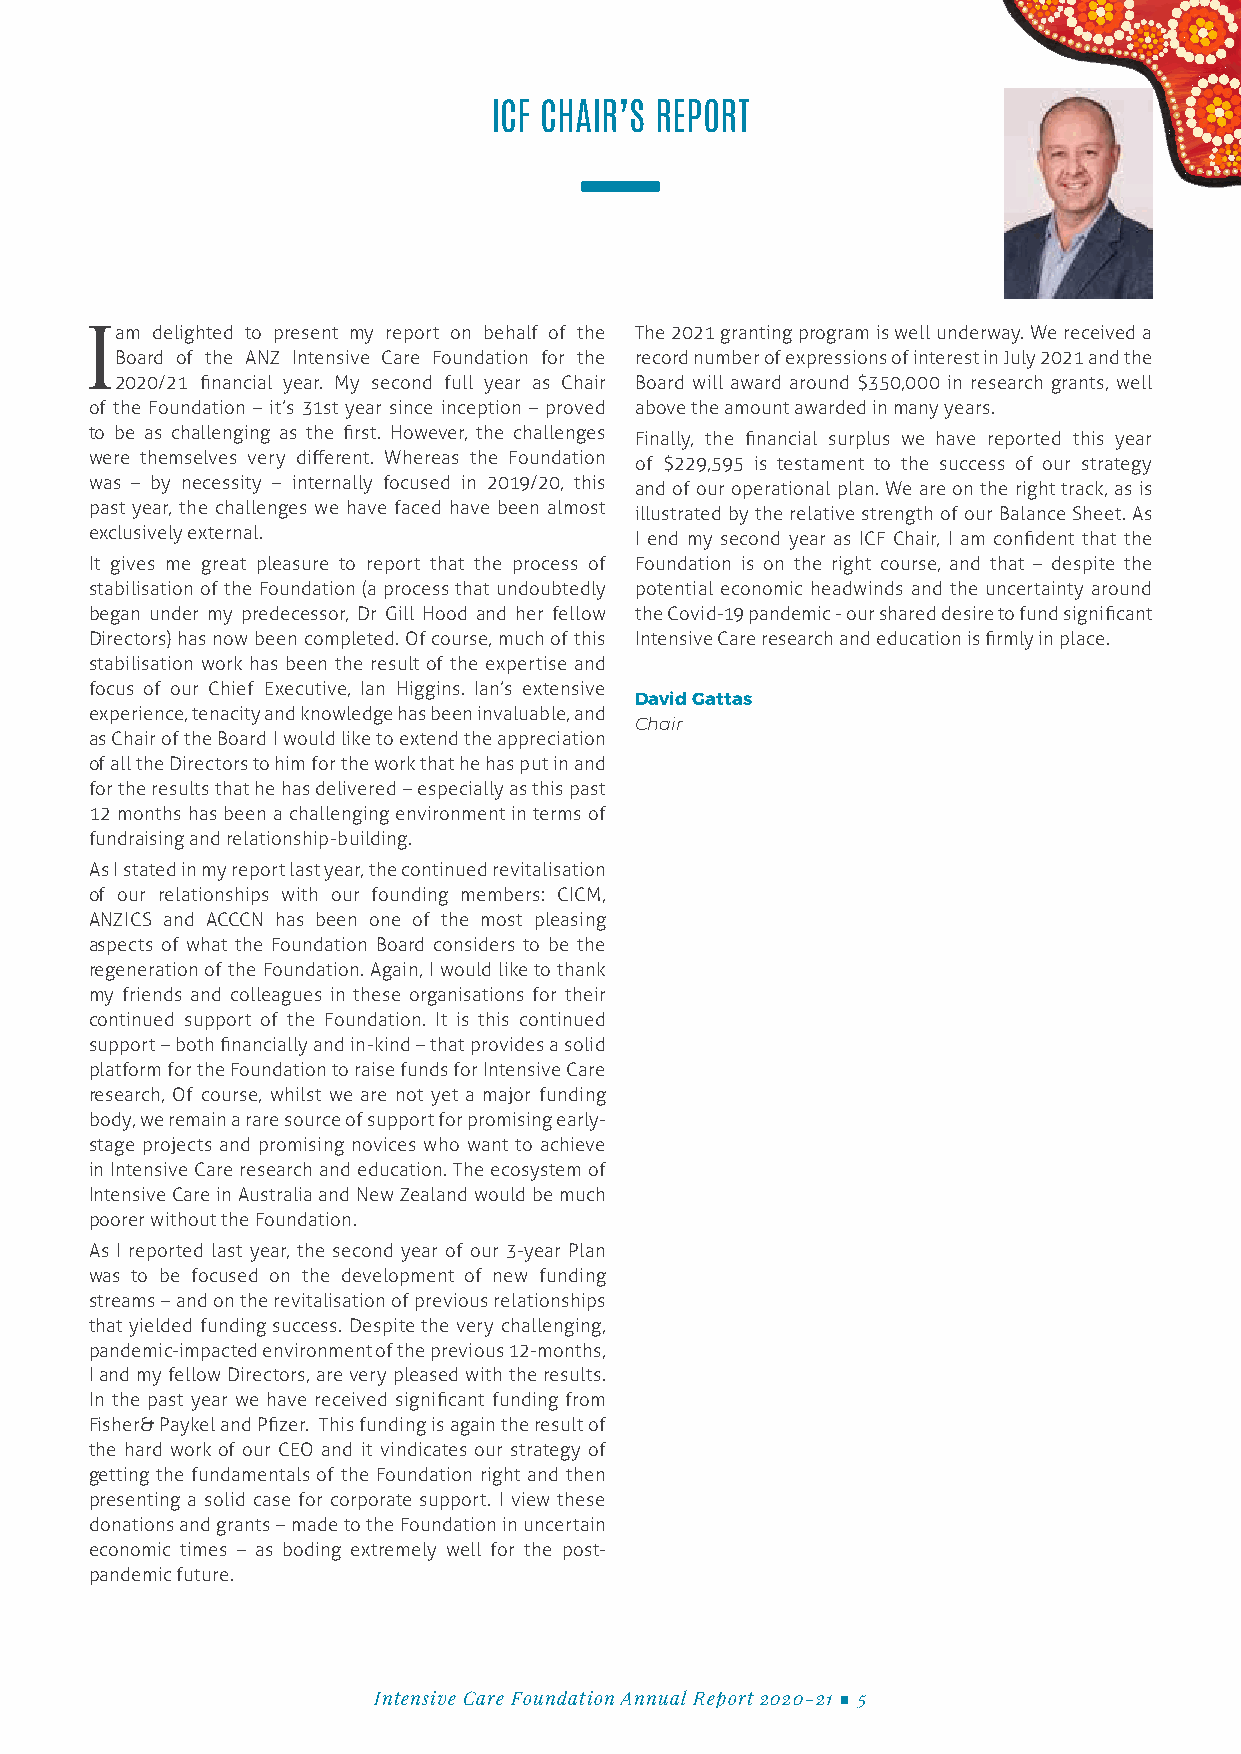
ICF CHAIR’S REPORT
 Ia m delighted to present my report on behalf of the The 2021 granting program is well underway. We received a
 Board of the ANZ Intensive Care Foundation for the record number of expressions of interest in July 2021 and the
 2020/21 financial year. My second full year as Chair Board will award around $350,000 in research grants, well
 of the Foundation – it’s 31st year since inception – proved above the amount awarded in many years.
 to be as challenging as the first. However, the challenges Finally, the financial surplus we have reported this year
 were themselves very different. Whereas the Foundation of $229,595 is testament to the success of our strategy
 was – by necessity – internally focused in 2019/20, this and of our operational plan. We are on the right track, as is
 past year, the challenges we have faced have been almost illustrated by the relative strength of our Balance Sheet. As
 exclusively external.               I end my second year as ICF Chair, I am confident that the
 It gives me great pleasure to report that the process of Foundation is on the right course, and that – despite the
 stabilisation of the Foundation (a process that undoubtedly potential economic headwinds and the uncertainty around
 began under my predecessor, Dr Gill Hood and her fellow the Covid-19 pandemic - our shared desire to fund significant
 Directors) has now been completed. Of course, much of this Intensive Care research and education is firmly in place.
 stabilisation work has been the result of the expertise and
 focus of our Chief Executive, Ian Higgins. Ian’s extensive
 David Gattas
 experience, tenacity and knowledge has been invaluable, and
 Chair
 as Chair of the Board I would like to extend the appreciation
 of all the Directors to him for the work that he has put in and
 for the results that he has delivered – especially as this past
 12 months has been a challenging environment in terms of
 fundraising and relationship-building.
 As I stated in my report last year, the continued revitalisation
 of our relationships with our founding members: CICM,
 ANZICS and ACCCN has been one of the most pleasing
 aspects of what the Foundation Board considers to be the
 regeneration of the Foundation. Again, I would like to thank
 my friends and colleagues in these organisations for their
 continued support of the Foundation. It is this continued
 support – both financially and in-kind – that provides a solid
 platform for the Foundation to raise funds for Intensive Care
 research, Of course, whilst we are not yet a major funding
 body, we remain a rare source of support for promising early-
 stage projects and promising novices who want to achieve
 in Intensive Care research and education. The ecosystem of
 Intensive Care in Australia and New Zealand would be much
 poorer without the Foundation.
 As I reported last year, the second year of our 3-year Plan
 was to be focused on the development of new funding
 streams – and on the revitalisation of previous relationships
 that yielded funding success. Despite the very challenging,
 pandemic-impacted environment of the previous 12-months,
 I and my fellow Directors, are very pleased with the results.
 In the past year we have received significant funding from
 Fisher& Paykel and Pfizer. This funding is again the result of
 the hard work of our CEO and it vindicates our strategy of
 getting the fundamentals of the Foundation right and then
 presenting a solid case for corporate support. I view these
 donations and grants – made to the Foundation in uncertain
 economic times – as boding extremely well for the post-
 pandemic future.
 Intensive Care Foundation Annual Report 2020-21 ■ 5